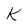
Character: K